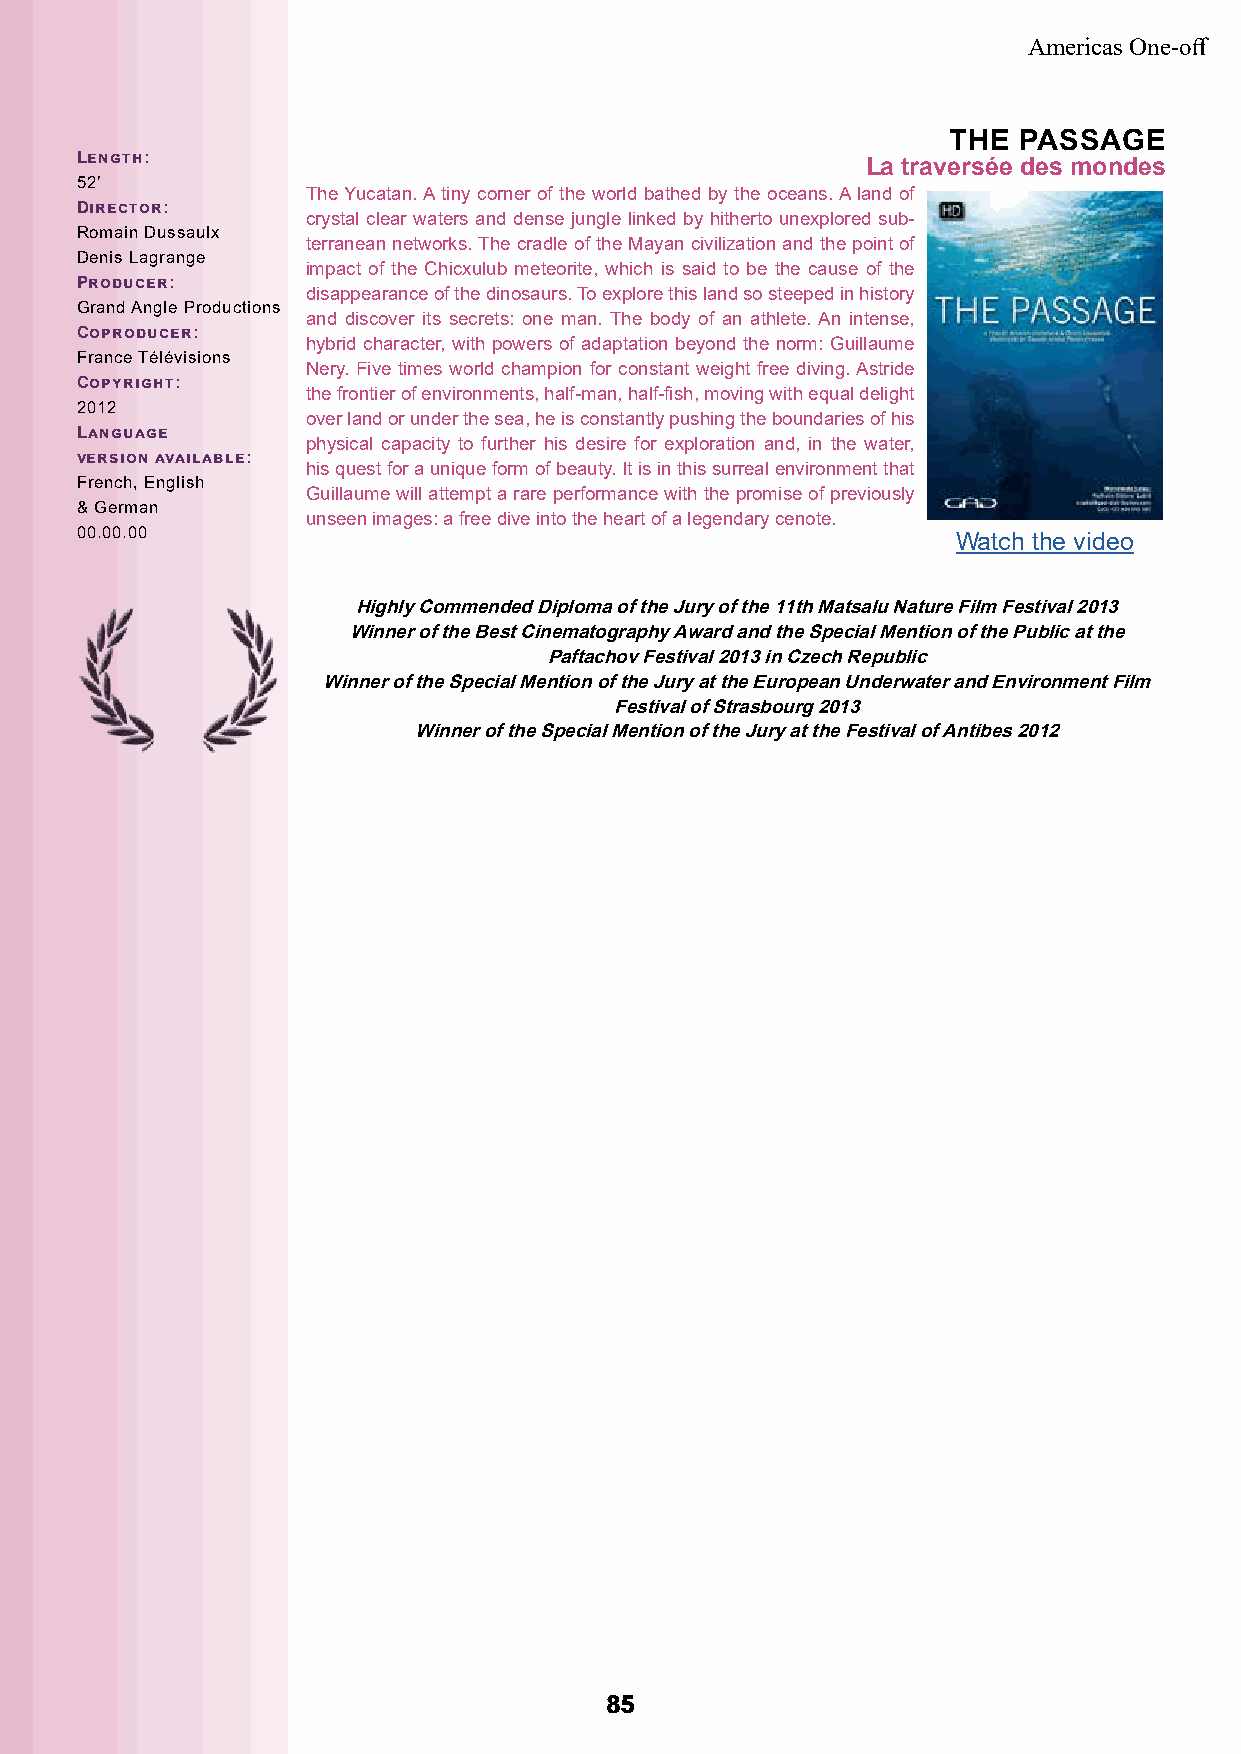
Americas One-off
 THE PASSAGE
 Length:
 La traversée des mondes
 52’
 The Yucatan. A tiny corner of the world bathed by the oceans. A land of
 Director:
 crystal clear waters and dense jungle linked by hitherto unexplored sub-
 Romain Dussaulx
 terranean networks. The cradle of the Mayan civilization and the point of
 Denis Lagrange
 impact of the Chicxulub meteorite, which is said to be the cause of the
 Producer:
 disappearance of the dinosaurs. To explore this land so steeped in history
 Grand Angle Productions
 and discover its secrets: one man. The body of an athlete. An intense,
 Coproducer:
 hybrid character, with powers of adaptation beyond the norm: Guillaume
 France Télévisions
 Nery. Five times world champion for constant weight free diving. Astride
 Copyright:
 the frontier of environments, half-man, half-fish, moving with equal delight
 2012
 over land or under the sea, he is constantly pushing the boundaries of his
 Language
 physical capacity to further his desire for exploration and, in the water,
 version available:
 his quest for a unique form of beauty. It is in this surreal environment that
 French, English
 Guillaume will attempt a rare performance with the promise of previously
 & German
 unseen images: a free dive into the heart of a legendary cenote.
 00.00.00
 Watch the video
 Highly Commended Diploma of the Jury of the 11th Matsalu Nature Film Festival 2013
 Winner of the Best Cinematography Award and the Special Mention of the Public at the
 Paftachov Festival 2013 in Czech Republic
 Winner of the Special Mention of the Jury at the European Underwater and Environment Film
 Festival of Strasbourg 2013
 Winner of the Special Mention of the Jury at the Festival of Antibes 2012
 8855